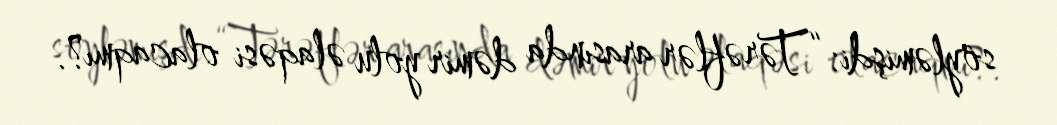
söyləmişdi: “Tərəflər arasında dəmir yolu əlaqəsi olacaqmı?.